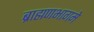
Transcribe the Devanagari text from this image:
ब्राह्मणभागमे